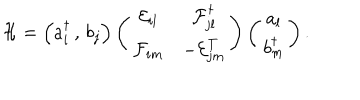
\mathcal { H } = \left( a _ { i } ^ { \dagger } \, , \, b _ { j } \right) \left( \begin{matrix} { { \mathcal { E } _ { i l } } } & { { \mathcal { F } _ { j l } ^ { \dagger } } } \\ { { \mathcal { F } _ { i m } } } & { { - \mathcal { E } _ { j m } ^ { T } } } \\ \end{matrix} \right) \left( \begin{matrix} { { a _ { l } } } \\ { { b _ { m } ^ { \dagger } } } \\ \end{matrix} \right) .